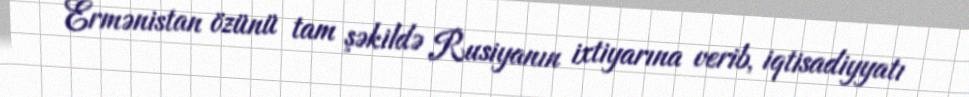
Ermənistan özünü tam şəkildə Rusiyanın ixtiyarına verib, iqtisadiyyatı